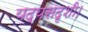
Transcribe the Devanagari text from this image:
यद्यसदृशी।